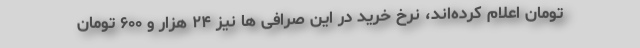
تومان اعلام کرده‌اند، نرخ خرید در این صرافی ها نیز ۲۴ هزار و ۶۰۰ تومان